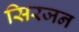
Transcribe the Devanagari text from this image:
सिरजन